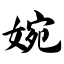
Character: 婉